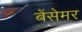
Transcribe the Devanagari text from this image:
बेंसेमर